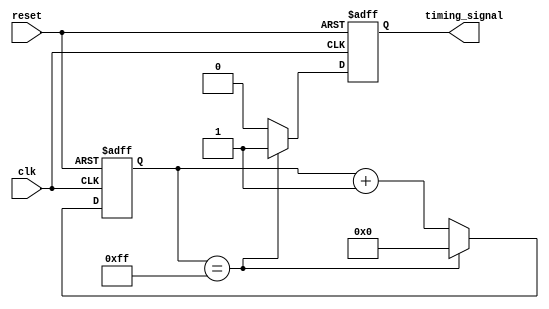
module timing_control_block (
    input wire clk,
    input wire reset,
    output reg timing_signal
);

    reg [7:0] counter;
    
    always @(posedge clk or posedge reset) begin
        if (reset) begin
            counter <= 8'b0;
            timing_signal <= 1'b0;
        end else begin
            if (counter == 8'hFF) begin
                counter <= 8'b0;
                timing_signal <= 1'b1;
            end else begin
                counter <= counter + 1;
                timing_signal <= 1'b0;
            end
        end
    end
    
endmodule